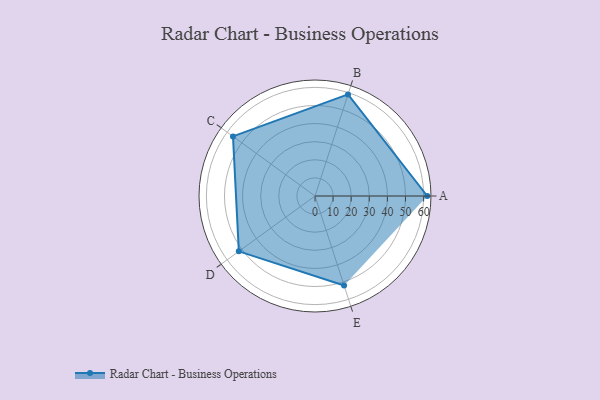
{"axis": {"x": "Skill", "y": "Score"}, "legend": ["Profile"], "data": [{"x": "A", "y": 62.0, "type": "Profile"}, {"x": "B", "y": 59.0, "type": "Profile"}, {"x": "C", "y": 56.0, "type": "Profile"}, {"x": "D", "y": 52.0, "type": "Profile"}, {"x": "E", "y": 52.0, "type": "Profile"}]}